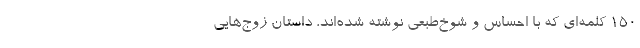
150 کلمه‌ای که با احساس و شوخ‌طبعی نوشته شده‌اند، داستان زوج‌هایی